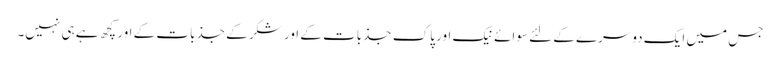
جس میں ایک دوسرے کے لئے سوائے نیک اور پاک جذبات کے اور شکر کے جذبات کے اور کچھ ہے ہی نہیں۔